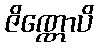
ဇိဏ္ဏောပိ